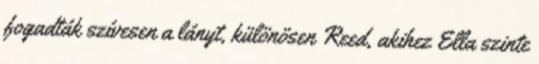
fogadták szívesen a lányt, különösen Reed, akihez Ella szinte